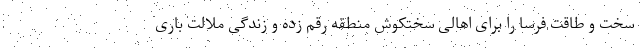
سخت و طاقت فرسا را برای اهالی سختکوش منطقه رقم زده و زندگی ملالت باری